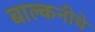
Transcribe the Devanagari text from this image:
बाल्कनीचे